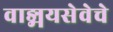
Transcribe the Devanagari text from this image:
वाङ्मयसेवेचे